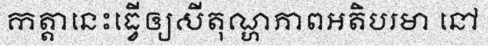
កត្តានេះធ្វើឲ្យសីតុណ្ហភាពអតិបរមា នៅ